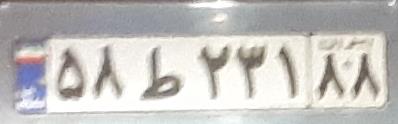
۵۸ط۳۲۱۸۸